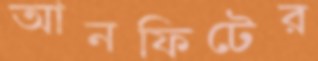
আনফিটের